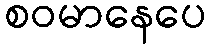
စဝမာနေပေ